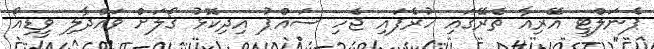
ޕެނަލްޓީ އޭރިއާ ތެރޭގައި ހުރެފައި ޖެހި ސައްޕު އިދިކޮޅު ގޯލަށް ވައްދާލި ވީޑިއޯ